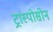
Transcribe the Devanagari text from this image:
ट्रांस्पोसोन